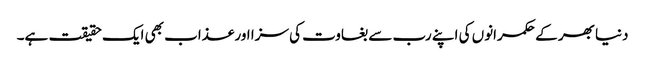
دنیا بھر کے حکمرانوں کی اپنے رب سے بغاوت کی سزا اور عذاب بھی ایک حقیقت ہے۔